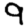
Digit: 9